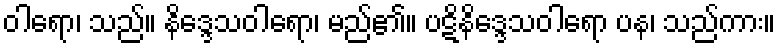
ဝါရော၊ သည်။ နိဒ္ဒေသဝါရော၊ မည်၏။ ပဋိနိဒ္ဒေသဝါရော ပန၊ သည်ကား။